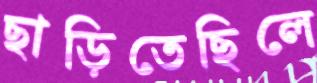
ছাড়িতেছিলে